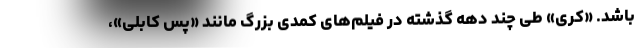
باشد. «کری» طی چند دهه گذشته در فیلم‌های کمدی بزرگ مانند «پس کابلی»،